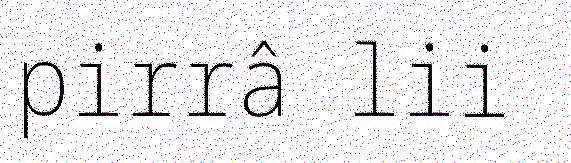
pirrâ lii